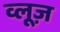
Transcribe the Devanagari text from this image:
व्लूज़